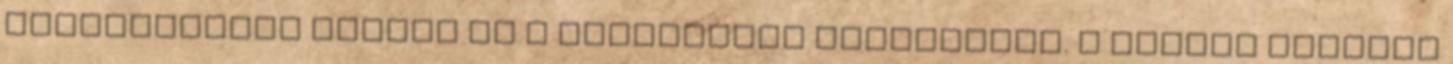
hatvankettőt fognak el a várpalotai nemzetőrök. A várost ellepik